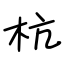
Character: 杭